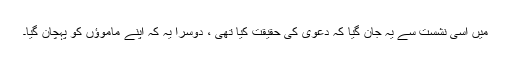
میں اسی نشست سے یہ جان گیا کہ دعویٰ کی حقیقت کیا تھی ، دوسرا یہ کہ اپنے ماموﺅں کو پہچان گیا۔